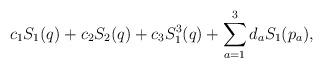
LaTeX: \begin{align*}c_1 S_1(q) + c_2 S_2(q) + c_3 S_1^3(q)+ \sum_{a=1}^3 d_a S_1(p_a),\end{align*}